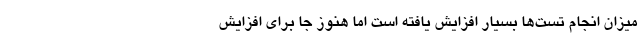
میزان انجام تست‌ها بسیار افزایش یافته است اما هنوز جا برای افزایش